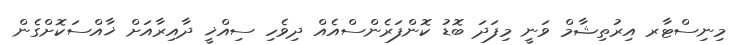
މިނިސްޓާރ އިރުތިޝާމް ވަނީ މިފަދަ ބޮޑު ކޮންފަރެންސްއެއް ދިވެހި ސިއްޚީ ދާއިރާއަށް ޚާއްސަކޮށްގެން